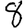
Digit: 8